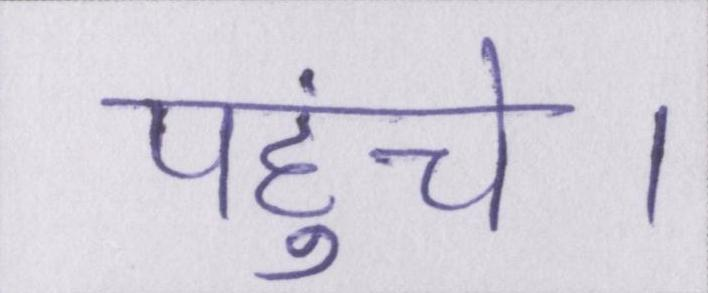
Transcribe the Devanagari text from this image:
पहुंचे।